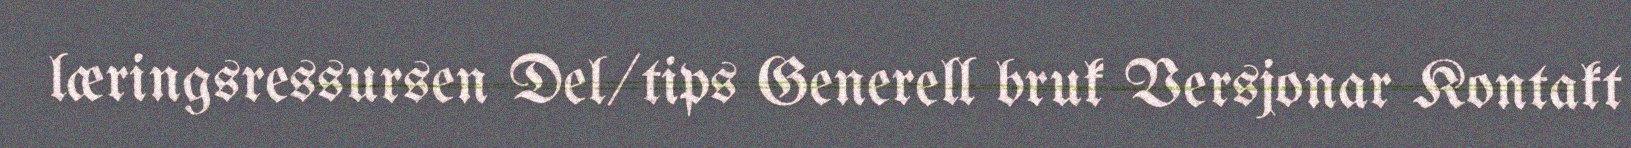
læringsressursen Del/tips Generell bruk Versjonar Kontakt